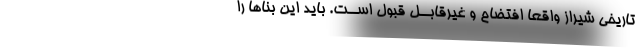
تاریخی شیراز واقعا افتضاح و غیرقابــل قبول اســت. باید این بناها را